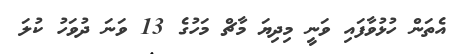
އެތަން ހުޅުވާފައި ވަނީ މިދިޔަ މާޗް މަހުގެ 13 ވަނަ ދުވަހު ކުލަ